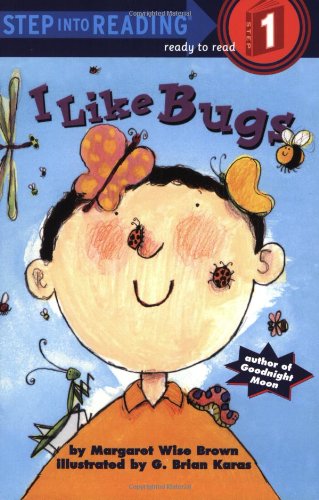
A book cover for I Like Bugs (Step-Into-Reading, Step 1); Margaret Wise Brown; Children's Books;